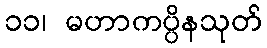
၁၁၊ မဟာကပ္ပိနသုတ်